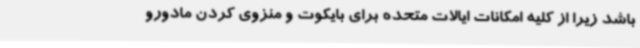
باشد زیرا از کلیه امکانات ایالات متحده برای بایکوت و منزوی کردن مادورو